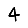
Digit: 4